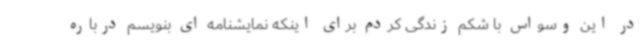
در این وسواس با شکم زندگی کردم برای اینکه نمایشنامه ای بنویسم درباره